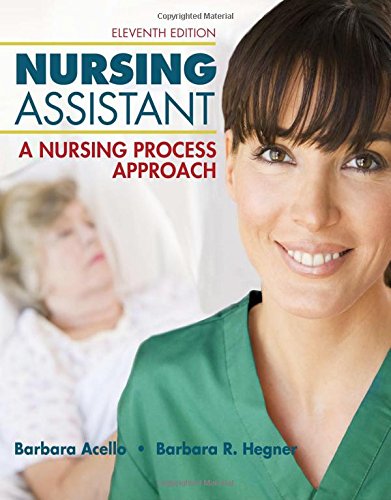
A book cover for Nursing Assistant: A Nursing Process Approach; Barbara Acello; Medical Books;